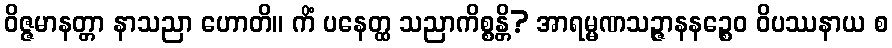
ဝိဇ္ဇမာနတ္တာ နာသညာ ဟောတိ။ ကိံ ပနေတ္ထ သညာကိစ္စန္တိ? အာရမ္မဏသဉ္ဇာနနဉ္စေဝ ဝိပဿနာယ စ